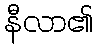
နီလာ၏